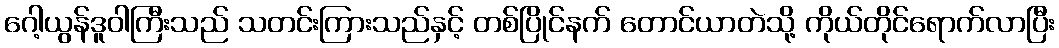
ဂေါ့ယွန်ဒူဝါကြီးသည် သတင်းကြားသည်နှင့် တစ်ပြိုင်နက် တောင်ယာတဲသို့ ကိုယ်တိုင်ရောက်လာပြီး